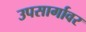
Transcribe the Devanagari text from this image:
उपसार्गावर